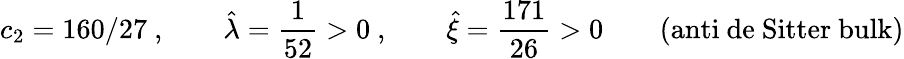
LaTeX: c_{2}=160/27~,\qquad{\hat{\lambda}}=\frac{1}{52}>0~,\qquad{\hat{\xi}}=\frac{171}{26}>0\qquad(\mathrm{anti~de~Sitter~bulk})